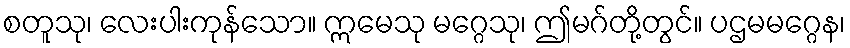
စတူသု၊ လေးပါးကုန်သော။ ဣမေသု မဂ္ဂေသု၊ ဤမဂ်တို့တွင်။ ပဌမမဂ္ဂေန၊